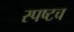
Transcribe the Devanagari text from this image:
स्पष्टच